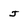
Character: J